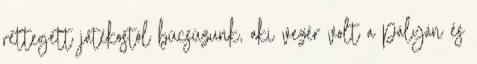
rettegett játékostól búcsúzunk, aki vezér volt a pályán és